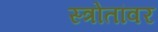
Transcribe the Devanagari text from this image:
स्त्रोतांवर